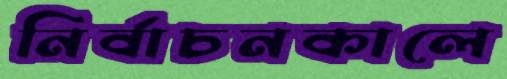
নির্বাচনকালে